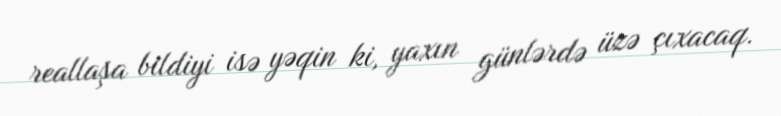
reallaşa bildiyi isə yəqin ki, yaxın günlərdə üzə çıxacaq.